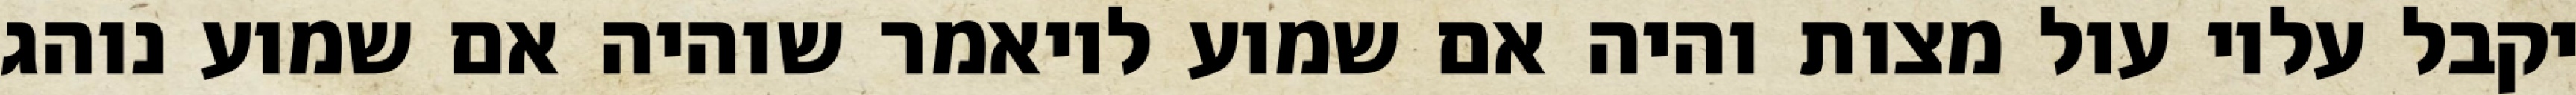
יקבל עליו עול מצות והיה אם שמוע לויאמר שוהיה אם שמוע נוהג